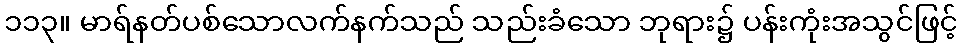
၁၁၃။ မာရ်နတ်ပစ်သောလက်နက်သည် သည်းခံသော ဘုရား၌ ပန်းကုံးအသွင်ဖြင့်